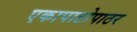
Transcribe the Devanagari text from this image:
एकापाठोपाठर